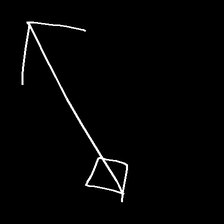
Glyph: focus